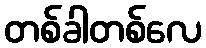
တစ်ခါတစ်လေ